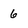
Character: 6